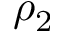
\rho _ { 2 }